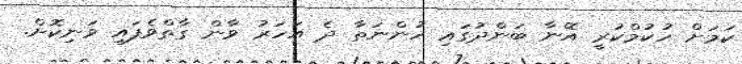
ކަމަށް ހުކުމްކުރީ އޭނާ ބަންދުގައި ހުންނަތާ ދެ އަހަރު ވާން ގާތްވެފައި ވަނިކޮށް.